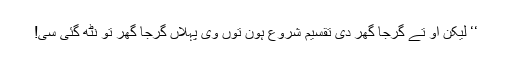
‘‘ لیکن اُو تے گرجا گھر دی تقسیم شروع ہون توں وی پہلاں گرجا گھر تو نٹھ گئی سی!